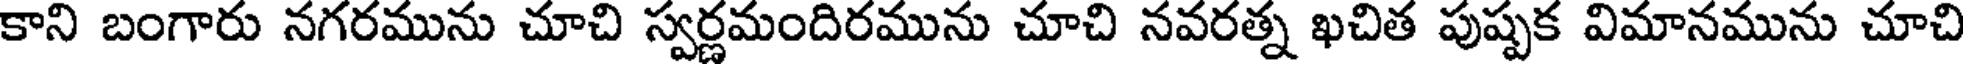
కాని బంగారు నగరమును చూచి స్వర్ణమందిరమును చూచి నవరత్న ఖచిత పుష్పక విమానమును చూచి